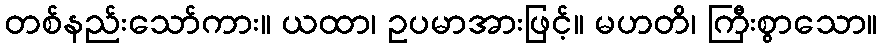
တစ်နည်းသော်ကား။ ယထာ၊ ဥပမာအားဖြင့်။ မဟတိ၊ ကြီးစွာသော။